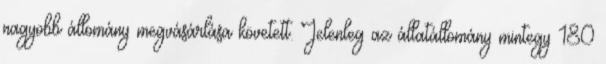
nagyobb állomány megvásárlása követett. Jelenleg az állatállomány mintegy 180